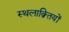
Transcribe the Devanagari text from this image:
स्थलाक्र्तियों